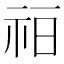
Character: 𰧳